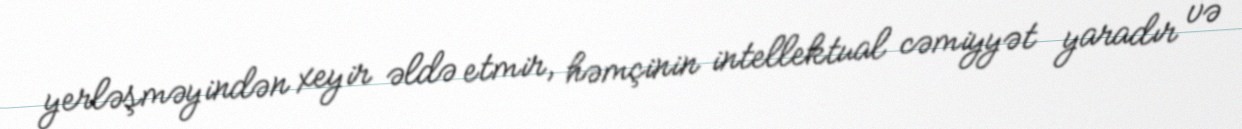
yerləşməyindən xeyir əldə etmir, həmçinin intellektual cəmiyyət yaradır və